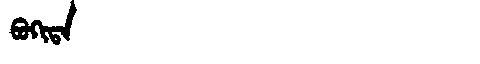
Manchu: ᠪᠣᡴᡳᡨᠠ
Romanization: BOKITA